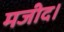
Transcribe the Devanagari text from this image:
मजीद।